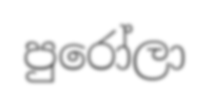
පුරෝලා